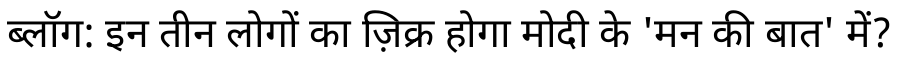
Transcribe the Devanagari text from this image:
ब्लॉग: इन तीन लोगों का ज़िक्र होगा मोदी के 'मन की बात' में?